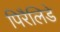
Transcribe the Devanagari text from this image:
पिरैलिडे